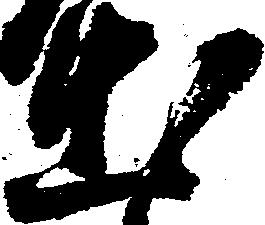
出